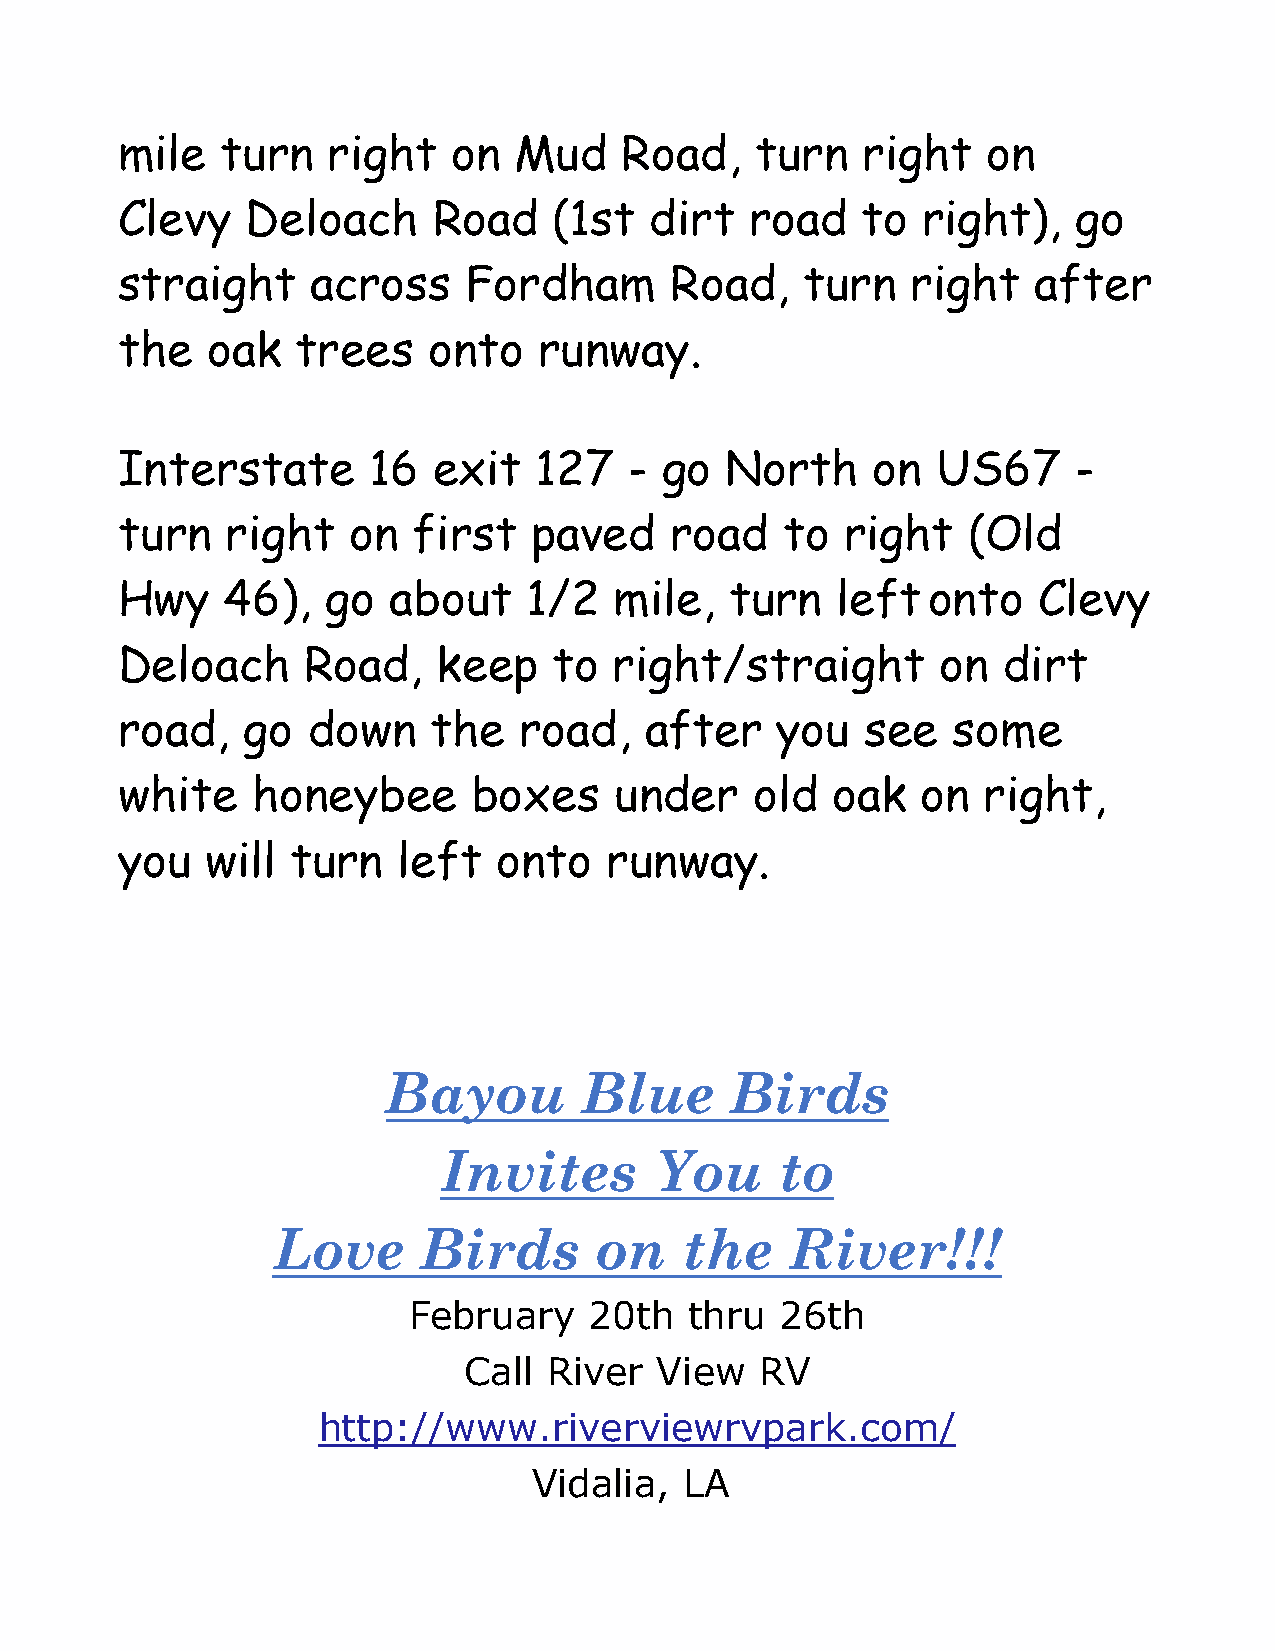
mile   turn   right   on  Mud    Road,    turn   right   on
 Clevy   Deloach      Road    (1st  dirt   road   to  right),   go
 straight     across    Fordham      Road,    turn   right   after
 the   oak   trees   onto    runway.
 Interstate      16   exit  127    - go  North     on  US67     -
 turn   right   on  first   paved    road    to  right   (Old
 Hwy    46),   go  about    1/2   mile,  turn   left  onto    Clevy
 Deloach     Road,    keep    to  right/straight       on  dirt
 road,   go  down    the   road,    after   you   see   some
 white    honeybee      boxes     under    old  oak   on  right,
 you   will turn   left   onto   runway.
 Bayou        Blue     Birds
 Invites       You      to
 Love      Birds      on    the    River!!!
 February    20th   thru  26th
 Call River  View   RV
 http://www.riverviewrvpark.com/
 Vidalia,  LA